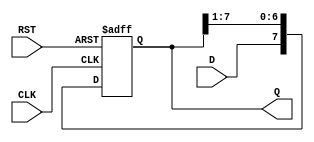
module ShiftRegister #(parameter N = 8) (
    input wire D,          // Data input
    input wire CLK,        // Clock signal
    input wire RST,        // Asynchronous reset signal
    output reg [N-1:0] Q   // Data output
);

// Sequential logic for shift register operation
always @(posedge CLK or posedge RST) begin
    if (RST) begin
        Q <= {N{1'b0}};    // Reset register to all zeros
    end else begin
        Q <= {D, Q[N-1:1]}; // Shift right and insert new data at MSB
    end
end

endmodule